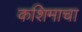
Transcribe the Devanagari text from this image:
कशिमाचा